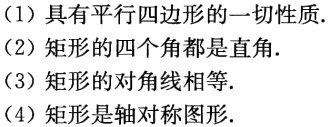
（1）具有平行四边形的一切性质.
（2）矩形的四个角都是直角.
（3）矩形的对角线相等.
（4）矩形是轴对称图形.